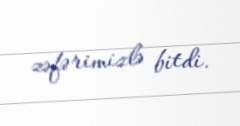
zəfərimizlə bitdi.